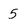
Character: 5